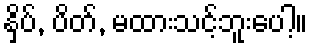
နှိပ်, ပိတ်, မထားသင့်ဘူးပေါ့။